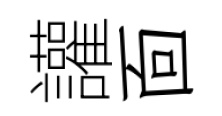
讙靣